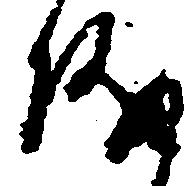
儀